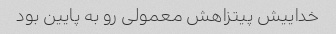
خداییش پیتزاهش معمولی رو به پایین بود